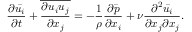
{ \frac { \partial { \bar { u _ { i } } } } { \partial t } } + { \overline { { \frac { \partial u _ { i } u _ { j } } { \partial x _ { j } } } } } = - { \frac { 1 } { \rho } } { \frac { \partial { \bar { p } } } { \partial x _ { i } } } + \nu { \frac { \partial ^ { 2 } { \bar { u _ { i } } } } { \partial x _ { j } \partial x _ { j } } } .